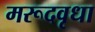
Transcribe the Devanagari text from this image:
मरूदवृधा